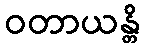
ဝတာယန္တိ